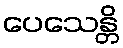
ပေသေန္တိ